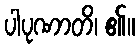
ပါပုဏာတိ၊ ၏။